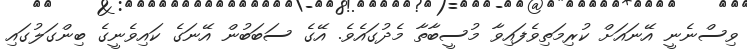
ވިސްނެނީ އޭނައަށް ކުރިމަތިވެފައިވާ މުސީބާތާ މެދުގައެވެ. އޭގެ ސަބަބުން އޭނަގެ ކައިވެނީގެ ބިންގަލުގައި